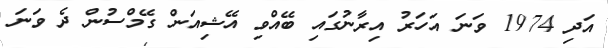
އަދި 1974 ވަނަ އަހަރު އިރާނުގައި ބޭއްވި އޭޝިއަން ގޭމްސުން ދެ ވަނަ